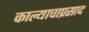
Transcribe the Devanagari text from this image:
काल्याचाप्रसाद